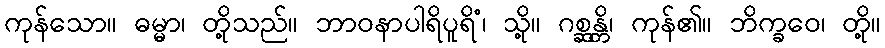
ကုန်သော။ ဓမ္မာ၊ တို့သည်။ ဘာဝနာပါရိပူရိံ၊ သို့။ ဂစ္ဆန္တိ၊ ကုန်၏။ ဘိက္ခဝေ၊ တို့။